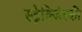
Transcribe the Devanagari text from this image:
स्ट्रैक्जिंस्की